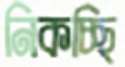
নিকচ্ছি